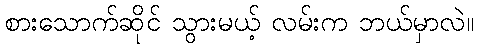
စားသောက်ဆိုင် သွားမယ့် လမ်းက ဘယ်မှာလဲ။